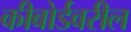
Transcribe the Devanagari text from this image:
कीबोर्डवरील